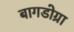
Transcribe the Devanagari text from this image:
बागडोग्रा